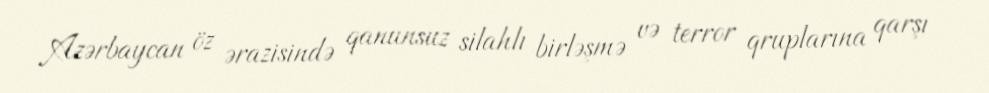
Azərbaycan öz ərazisində qanunsuz silahlı birləşmə və terror qruplarına qarşı